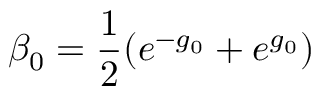
\beta _ { 0 } = \frac { 1 } { 2 } ( e ^ { - g _ { 0 } } + e ^ { g _ { 0 } } )